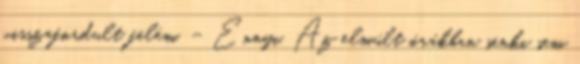
visszafordult felém. – Ennyi. Az elmúlt órákban senki sem